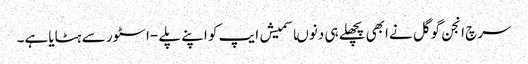
سرچ انجن گوگل نے ابھی پچھلے ہی دنوںاسمیش ایپ کو اپنے پلے -اسٹور سے ہٹایا ہے۔